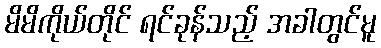
မိမိကိုယ်တိုင် ရင်ခုန်သည့် အခါတွင်မူ